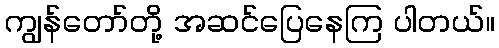
ကျွန်တော်တို့ အဆင်ပြေနေကြ ပါတယ်။